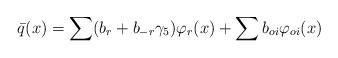
LaTeX: \begin{align*}\bar{q}(x) = \sum (b_{r} + b_{-r} \gamma_{5}) \varphi_{r}(x) +\sum b_{oi}\varphi_{oi}(x)\end{align*}